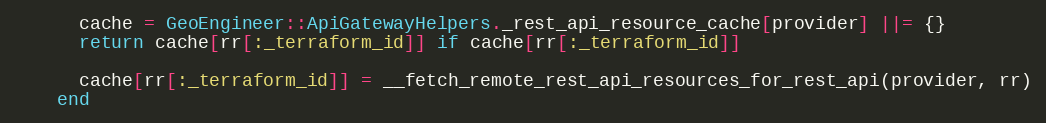
Language: Ruby
      cache = GeoEngineer::ApiGatewayHelpers._rest_api_resource_cache[provider] ||= {}
      return cache[rr[:_terraform_id]] if cache[rr[:_terraform_id]]

      cache[rr[:_terraform_id]] = __fetch_remote_rest_api_resources_for_rest_api(provider, rr)
    end